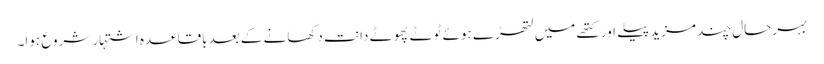
بہرحال چند مزید پیلے اور کتھے میں لتھڑے ہوئے ٹوٹے پھوٹے دانت دکھانے کے بعد باقاعدہ اشتہار شروع ہوا۔